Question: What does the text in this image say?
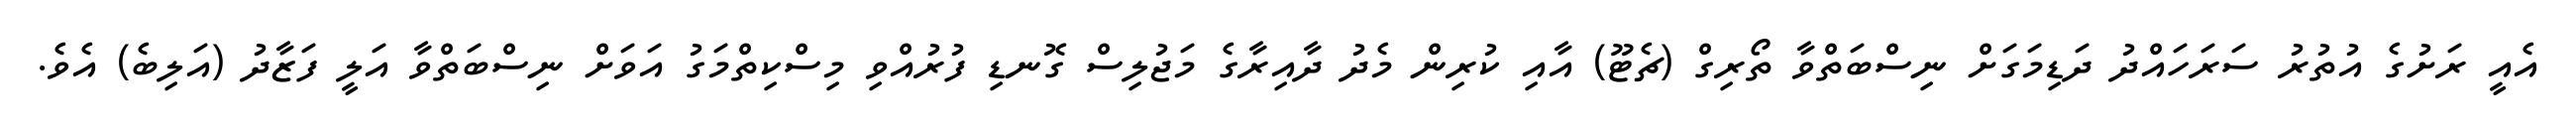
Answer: އެއީ ރަށުގެ އުތުރު ސަރަހައްދު ދަޑިމަގަށް ނިސްބަތްވާ ތޯރިގް (ޗެޓޫ) އާއި ކުރިން މެދު ދާއިރާގެ މަޖުލިސް ގޮނޑި ފުރުއްވި މިސްކިތްމަގު އަވަށް ނިސްބަތްވާ އަލީ ފަޒާދު (އަލިބެ) އެވެ.